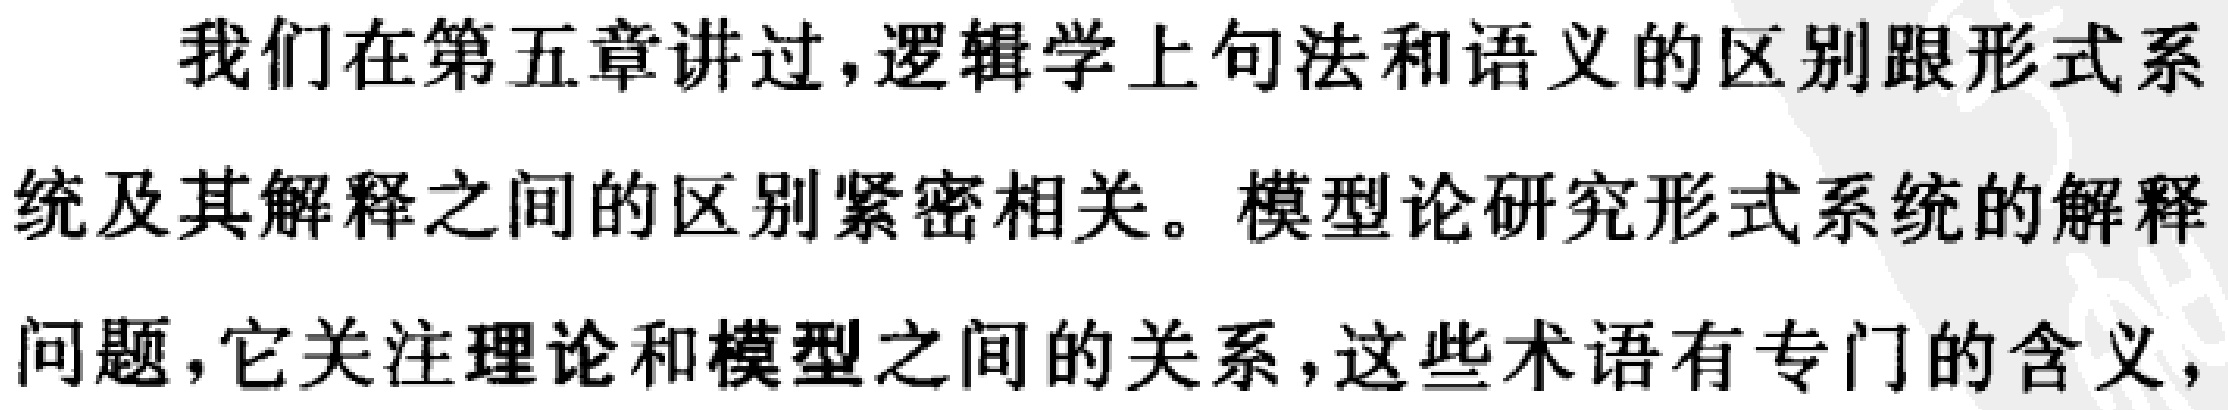
我们在第五章讲过,逻辑学上句法和语义的区别跟形式系统及其解释之间的区别紧密相关。模型论研究形式系统的解释问题,它关注理论和模型之间的关系,这些术语有专门的含义,